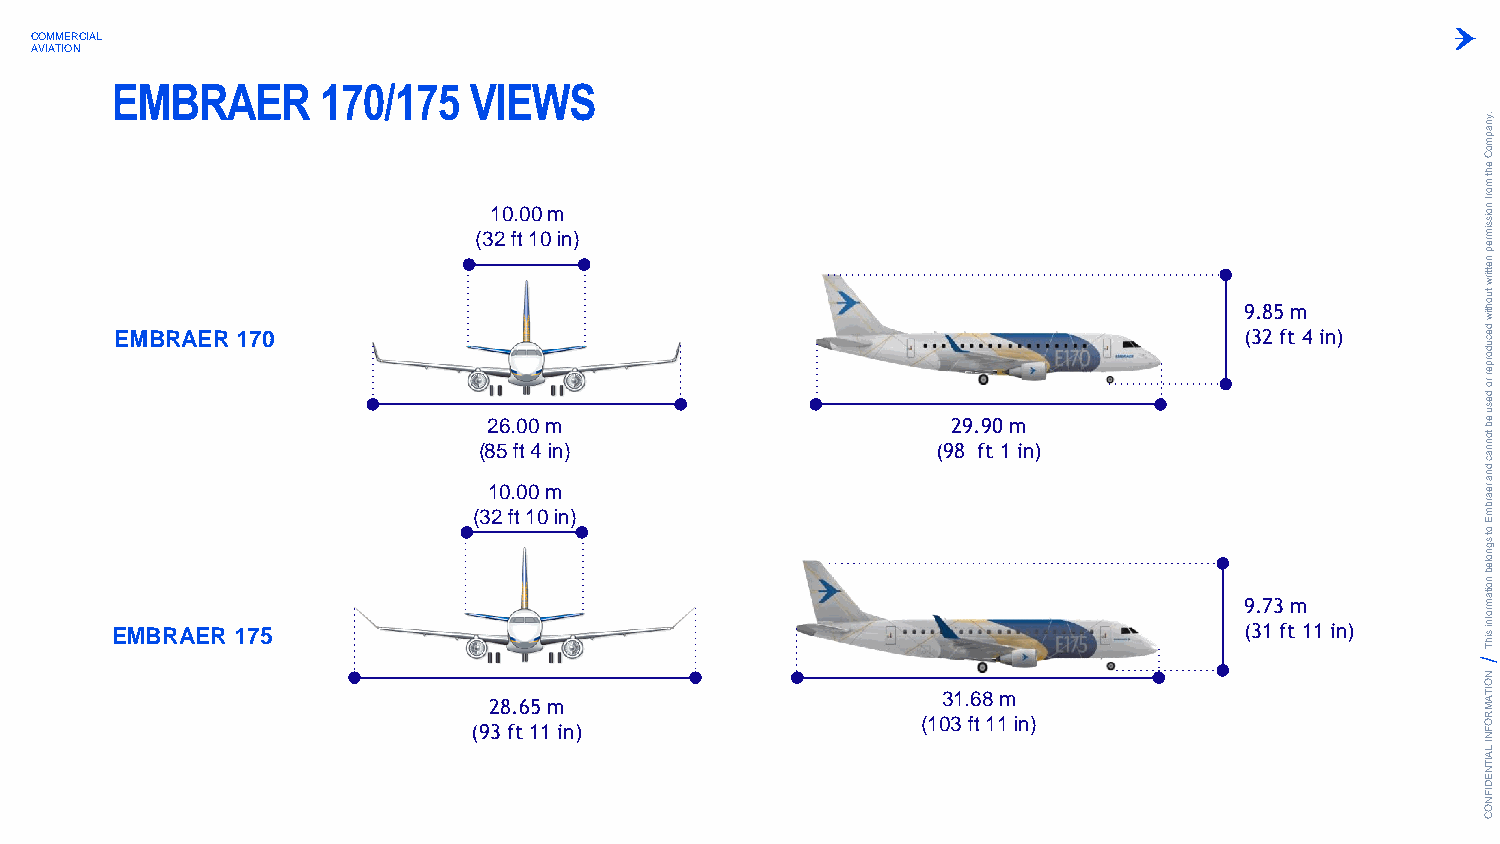
COMMERCIAL
 AVIATION
 EMBRAER       170/175   VIEWS
 .ynapm
 oC
 eht
 m
 (31 20 f. t0 10
 0
 m
 in)
 orf
 noissim
 rep
 nettirw
 9.85 m
 tuohtiw
 EMBRAER 170
 ((
 382
 1
 256
 0
 f.
 .f
 t0
 0t
 1
 0
 04
 0
 m
 mi n in)
 )
 (92 89 . f9 t0
 1
 m
 in)
 (32 ft 4 in)    decudorper
 ro
 desu
 eb
 tonnac
 dna
 rearbm
 E
 9.73 m
 ot
 sgnoleb
 noitam
 EMBRAER  175                                                               (31 ft 11 in)
 rofni
 sihT
 N
 O
 28.65 m
 31.68 m                             ITA
 M
 (93 ft 11 in)                 (103 ft 11 in)                       R O F
 N
 I LA
 IT
 N
 E
 D
 IF
 N
 O
 C